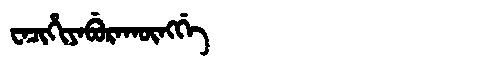
Manchu: ᠸᠠᠴᡳᡥᡳᠶᠠᠪᡠᡵᠠᡴᡡᠩᡤᡝ
Romanization: WACIHIYABURAKŪNGGE